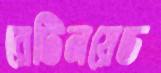
রেটিনয়েড